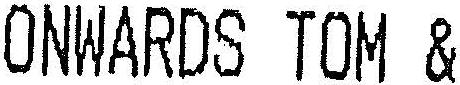
ONWARDS TOM &